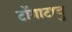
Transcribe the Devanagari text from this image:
टोंगाटाबु